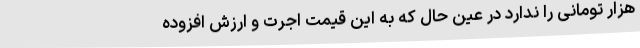
هزار تومانی را ندارد در عین حال که به این قیمت اجرت و ارزش افزوده